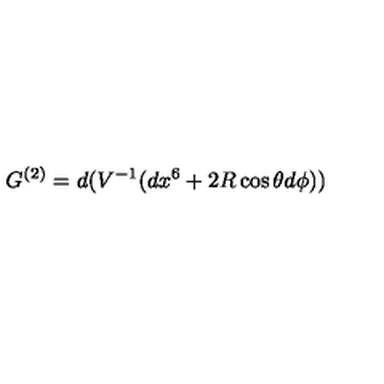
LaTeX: G ^ { ( 2 ) } = d ( V ^ { - 1 } ( d x ^ { 6 } + 2 R \cos \theta d \phi ) )